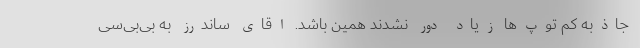
جاذبه کم توپ‌ها زیاد دور نشدند همین باشد. اقای ساندرز به بی‌بی‌سی